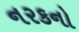
નરકનો